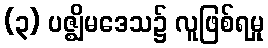
(၃) ပဇ္ဈိမဒေသ၌ လူဖြစ်ရမှု